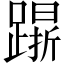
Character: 𨄸